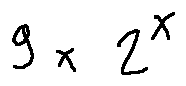
9 \times 2 ^ { X }